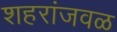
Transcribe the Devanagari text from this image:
शहरांजवळ